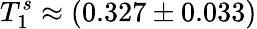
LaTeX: T_{1}^{s}\approx(0.327\pm 0.033)